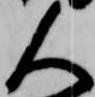
人